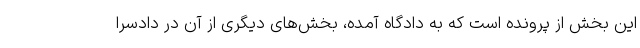
این بخش از پرونده است که به دادگاه آمده، بخش‌های دیگری از آن در دادسرا